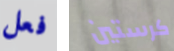
فعل كرستين